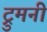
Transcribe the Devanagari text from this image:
ट्रुमनी